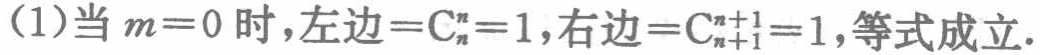
(1)当\(m = 0\)时，左边\(=\mathrm{C}_{n}^{n}=1\)，右边\(=\mathrm{C}_{n + 1}^{n+1}=1\)，等式成立.